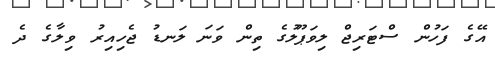
އޭގެ ފަހުން ސްޓަރިޖް ލިވަޕޫލުގެ ތިން ވަނަ ލަނޑު ޖެހިއިރު ވިލާގެ ދެ